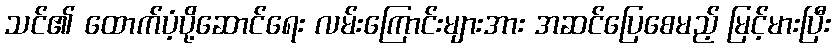
သင်၏ ထောက်ပံ့ပို့ဆောင်ရေး လမ်းကြောင်းများအား အဆင်ပြေစေမည့် မြင့်မားပြီး